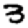
Digit: 3